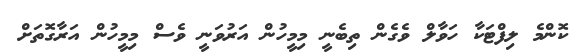
ކޮންމެ ލިފްޓަކާ ހަވާލް ވެގެން ތިބެނީ މިމީހުން އަރުވަނީ ވެސް މިމީހުން އަރާގޮތަށް